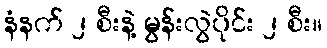
နံနက် ၂ စီးနဲ့ မွန်းလွဲပိုင်း ၂ စီး။